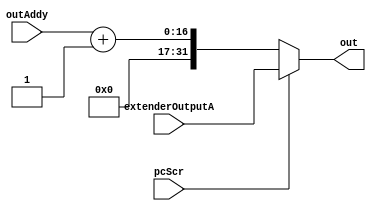
module muxPCScr (extenderOutputA, outAddy, out, pcScr);
  input pcScr;
  input [15:0] outAddy;
  input [31:0] extenderOutputA;

  output reg [31:0] out;

  always @ ( * ) begin
    if(pcScr)
      out = extenderOutputA;
    else
      out = outAddy + 1;
  end

endmodule // muxPCScr